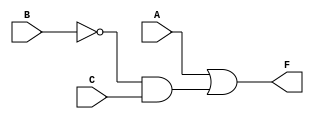
module three_variable_kmap (
    input wire A,  // Input variable A
    input wire B,  // Input variable B
    input wire C,  // Input variable C
    output wire F  // Output of the K-map function
);

// Combinational logic for the output F
assign F = A | (~B & C);

endmodule